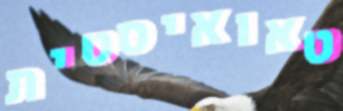
טאואיסטית